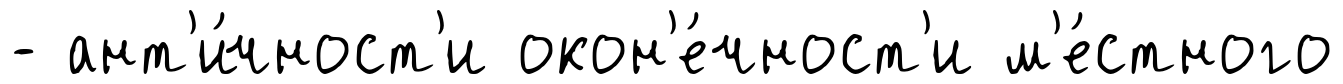
- ант'и́чност'и окон'е́чност'и м'е́стного